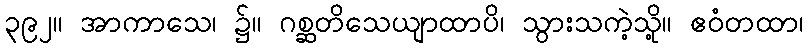
၃၉၂။ အာကာသေ၊ ၌။ ဂစ္ဆတိသေယျာထာပိ၊ သွားသကဲ့သို့။ ဧဝံတထာ၊